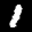
Label: 1